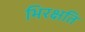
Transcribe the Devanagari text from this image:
भिरक्षति